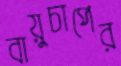
বায়ুচাপের